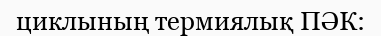
циклының термиялық ПӘК: